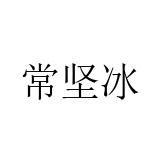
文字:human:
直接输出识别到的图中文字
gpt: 常坚冰